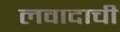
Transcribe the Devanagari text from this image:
लवादाची